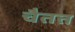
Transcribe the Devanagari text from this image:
चैतत